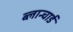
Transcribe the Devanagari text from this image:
ब्लान्चार्ड